Account of plague administration in the Bombay Presidency from September 1896 till May 1897
Year: 1896
Disease focus: Plague
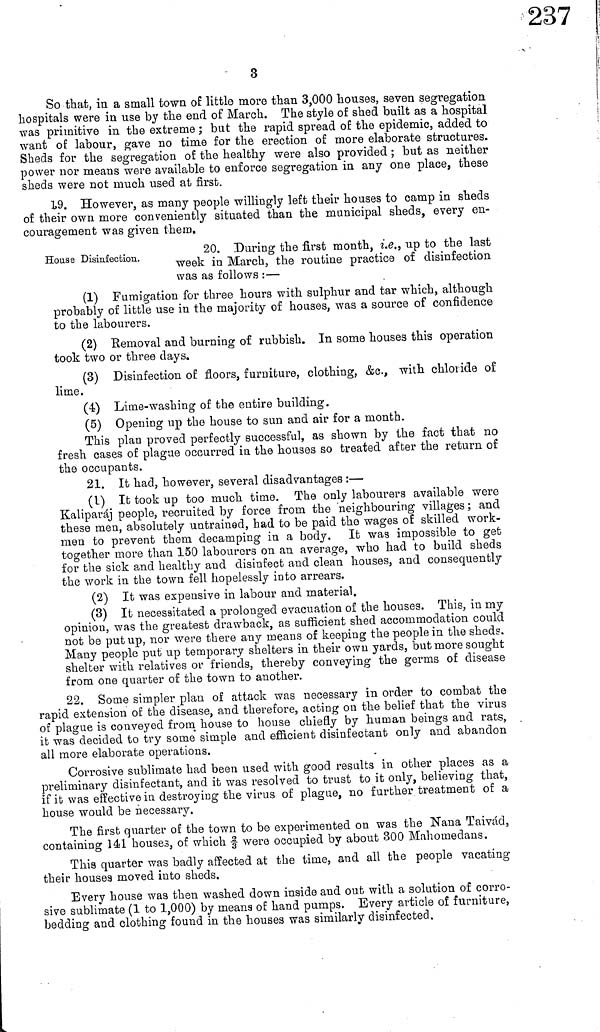
3
So that, in a small town of little more than 3,000 houses, seven segregation
hospitals were in use by the end of March. The style of shed built as a hospital
was primitive in the extreme ; but the rapid spread of the epidemic, added to
want of labour, gave no time for the erection of more elaborate structures.
Sheds for the segregation of the healthy were also provided ; but as neither
Power nor means were available to enforce segregation in any one place, these
Sheds were not much used at first.
19. However, as many people willingly left their houses to camp in sheds
3f their own more conveniently situated than the municipal sheds, every en-
ïouragement was given them.
20. During the first month, i.e., up to the last
House Disinfection. Week in March, the routin practice of disinfection
was as follows :—
(1) Fumigation for three hours with sulphur and tar which, although
probably of little use in the majority of houses, was a source of confidence
to the labourers.
(2) Removal and burning of rubbish. In some houses this operation
took two or three clays,
(3) Disinfection of floors, furniture, clothing, &c., with chloride of
lime.
(4) Lime-washing of the entire building.
(5) Opening up the house to sun and air for a month.
This plan proved perfectly successful, as shown by the fact that no
fresh cases of plague occurred in the houses so treated after the return of
the occupants.
21. It had, however, several disadvantages :—
(1) It took up too much time. The only labourers available were
Kaliparáj people, recruited by force from the 'neighbouring villages ; and
these men, absolutely untrained, had to be paid the wages of skilled work-
men to prevent them decamping in a body. It was impossible to get
together more than 150 labourers on an average, who had to build sheds
for the sick and healthy and disinfect and clean houses, and consequently
the work in the town fell hopelessly into arrears.
(2) It was expensive in labour and material.
(3) It necessitated a prolonged evacuation of the houses. This, in my
opinion, was the greatest drawback, as sufficient shed accommodation could
not be put up, nor were there any means of keeping the people in the sheds.
Many people put up temporary shelters in their own yards, but more sought
shelter with relatives or friends, thereby conveying the germs of disease
from one quarter of the town to another.
22. Some simpler plan of attack was necessary in order to combat the
rapid extension of the disease, and therefore, acting on the belief that the virus
of plague is conveyed from house to house chiefly by human beings and rats,
it was decided to try some simple and efficient disinfectant only and abandon
all more elaborate operations.
Corrosive sublimate had been used with good results in other places as a
preliminary disinfectant, and it was resolved to trust to it only, believing that,
if it was effective in destroying the virus of plague, no further treatment of a
house would be necessary.
The first quarter of the town to be experimented on was the Nana Taivad,
containing 141 houses, of which 2 / 3 were occupied by about 300 Mahomedans.
This quarter was badly affected at the time, and all the people vacating
their houses moved into sheds.
Every house was then washed down inside and out with a solution of corro-
sive sublimate (1 to 1,000) by means of hand pumps. Every article of furniture,
bedding and clothing found in the houses was similarly disinfected.